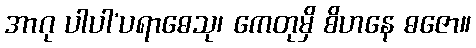
အာဂု ပါပါ’ပရာဓေသု၊ ကေတုမှိ စိဟနေ ဓဇော။